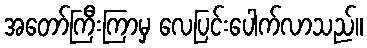
အတော်ကြီးကြာမှ လေပြင်းပေါက်လာသည်။